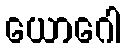
ယောဂေါ